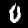
Label: 0